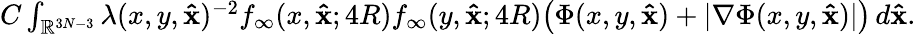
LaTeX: \begin{array}{r}{C\int_{\mathbb{R}^{3N-3}}\lambda(x,y,\mathbf{\hat{x}})^{-2}f_{\infty}(x,\mathbf{\hat{x}};4R)f_{\infty}(y,\mathbf{\hat{x}};4R)\big(\Phi(x,y,\mathbf{\hat{x}})+|\nabla\Phi(x,y,\mathbf{\hat{x}})|\big)\, d\mathbf{\hat{x}}.}\end{array}